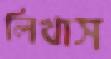
লিখাস